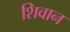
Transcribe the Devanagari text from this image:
शिवान